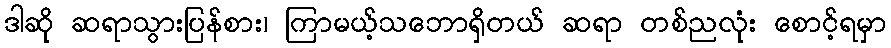
ဒါဆို ဆရာသွားပြန်စား၊ ကြာမယ့်သဘောရှိတယ် ဆရာ တစ်ညလုံး စောင့်ရမှာ